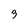
Character: 3